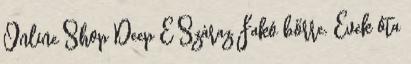
Online Shop Deep E Száraz Fakó bőrre. Évek óta